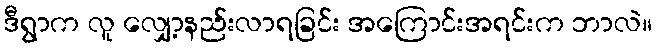
ဒီရွာက လူ လျှော့နည်းလာရခြင်း အကြောင်းအရင်းက ဘာလဲ။